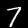
Label: 7